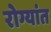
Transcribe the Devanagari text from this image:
रोग्यांत